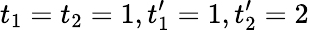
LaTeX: t_{1}=t_{2}=1,t_{1}^{\prime}=1,t_{2}^{\prime}=2